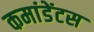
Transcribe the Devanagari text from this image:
कमांडेंटस